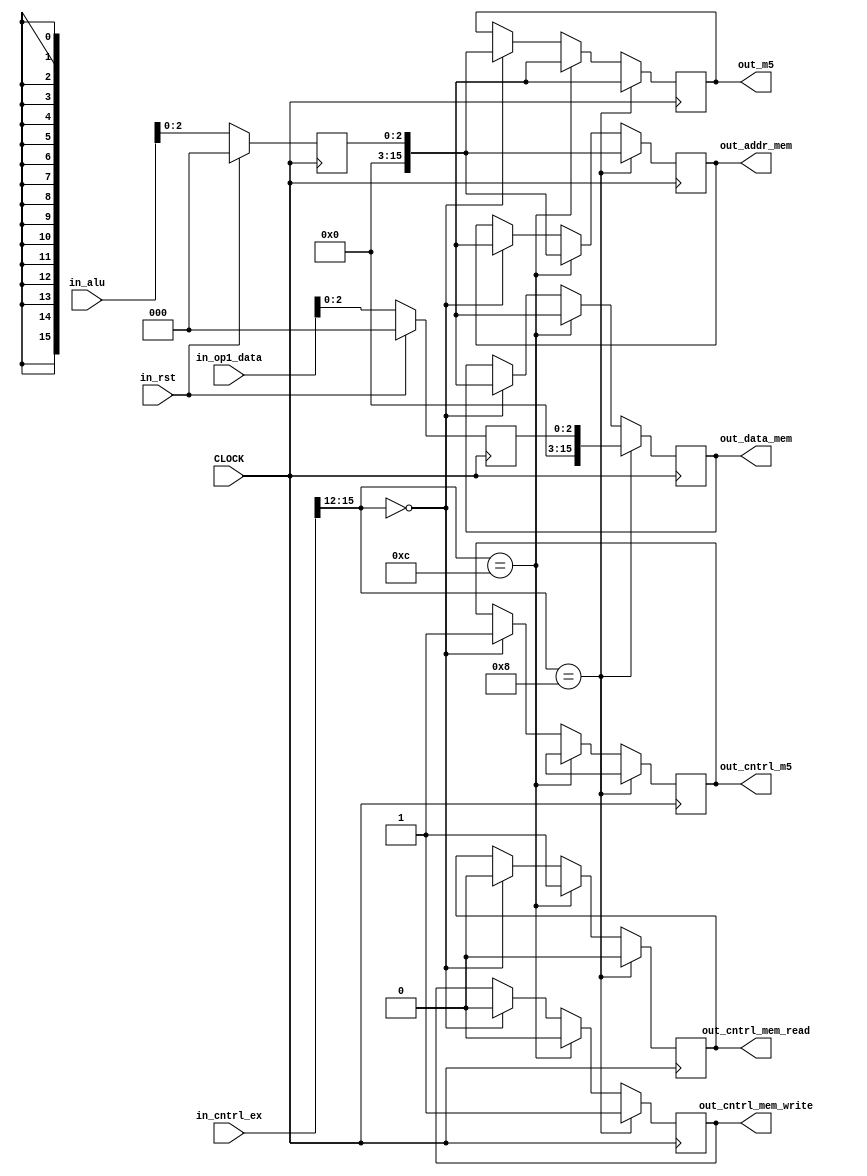
module wb_buf(in_cntrl_ex,in_alu,in_op1_data,out_m5,out_addr_mem,out_data_mem,out_cntrl_m5,out_cntrl_mem_read,out_cntrl_mem_write,CLOCK,in_rst);

//input
input [15:0] in_cntrl_ex,in_alu,in_op1_data;
input CLOCK,in_rst;

//output
output [15:0]out_m5,out_data_mem,out_addr_mem;
output out_cntrl_m5,out_cntrl_mem_read,out_cntrl_mem_write;

//type
wire [15:0] in_cntrl_ex,in_alu,in_op1_data;
wire CLOCK,in_rst;

reg [15:0] out_m5,out_data_mem,out_addr_mem;
reg out_cntrl_m5,out_cntrl_mem_read,out_cntrl_mem_write;

reg [2:0] buf3_mem [15:0];

always @(negedge CLOCK)
begin
if(in_rst)
begin
buf3_mem[0] = 16'b0000000000000000;
buf3_mem[1] = 16'b0000000000000000;
buf3_mem[2] = 16'b0000000000000000;
end

else
if(in_rst == 1'b0)
begin
buf3_mem[0] = in_cntrl_ex[15:0];
buf3_mem[1] = in_alu[15:0];
buf3_mem[2] = in_op1_data[15:0];
end
end

always @(posedge CLOCK)
begin
// For A type instructions, ALU output is forwarded to mux 5.
if (in_cntrl_ex[15:12] == 4'b0000)
begin
out_cntrl_m5 = 1'b1;
out_m5[15:0] = buf3_mem[1]; 
out_cntrl_mem_read = 1'b0;
out_cntrl_mem_write = 1'b0;
out_addr_mem[15:0] = 16'bxxxxxxxxxxxxxxxx;
out_data_mem[15:0] = 16'bxxxxxxxxxxxxxxxx;
end

//for lw instruction, Mux 5 is active with input 0 and on posedge address is read from buffer 3 into data memory 
if(in_cntrl_ex[15:12] == 4'b1100)
begin
out_cntrl_m5 = 1'bx;
out_addr_mem[15:0] <= buf3_mem[1];
out_cntrl_mem_read = 1'b1;
out_cntrl_mem_write = 1'b0;
out_m5[15:0] = 16'bxxxxxxxxxxxxxxxxx;
out_data_mem[15:0] = 16'bxxxxxxxxxxxxxxxx;
end

//for sw instruction, Mux 5 is inactive and on posedge alu input and op1 data is read from buffer
if(in_cntrl_ex[15:12] == 4'b1000)
begin
out_addr_mem[15:0] <= buf3_mem[1];
out_cntrl_m5 = 1'bx;
out_cntrl_mem_read = 1'b0;
out_data_mem[15:0] <= buf3_mem[2];
out_cntrl_mem_write = 1'b1;
out_m5[15:0] = 16'bxxxxxxxxxxxxxxxx;
end

/*if (in_cntrl_ex[15:12] == 4'b0101 || in_cntrl_ex[15:12] == 4'b0110 || in_cntrl_ex[15:12] == 4'b0100 || in_cntrl_ex[15:12] == 4'b1011 || in_cntrl_ex[15:12] == 4'b1111)

begin
out_cntrl_m5 = 1'bx;
out_m5[15:0] = 16'bxxxxxxxxxxxxxxxx;
out_data_mem[15:0] = 16'bxxxxxxxxxxxxxxxx;
out_addr_mem[15:0] = 16'bxxxxxxxxxxxxxxxx;
out_cntrl_mem_read = 1'bx;
out_cntrl_mem_write = 1'bx;
end

//wb for a type
if ( in_cntrl_ex[15:12] == 4'b0000)
begin
out_cntrl_m5 = 1'b1;
out_m5[15:0] = in_alu[15:0];
out_data_mem[15:0] = 16'bxxxxxxxxxxxxxxxx;
out_addr_mem[15:0] = 16'bxxxxxxxxxxxxxxxx;
out_cntrl_mem_read = 1'b0;
out_cntrl_mem_write = 1'b0;
end

//wb for lw
else
if (in_cntrl_ex[15:12] == 4'b1100)
begin
out_cntrl_m5 = 1'b0;
out_m5[15:0] = 16'bxxxxxxxxxxxxxxxx;
out_addr_mem[15:0] = in_alu[15:0];
out_data_mem[15:0] = 16'bxxxxxxxxxxxxxxxx;
out_cntrl_mem_read = 1'b1;
out_cntrl_mem_write = 1'b0;
end

//sw
else
if (in_cntrl_ex[15:12] == 4'b1000)
begin
out_cntrl_m5 = 1'bx;
out_m5[15:0] = 16'bxxxxxxxxxxxxxxxx;
out_addr_mem[15:0] = in_alu[15:0];
out_data_mem[15:0] = in_op1_data[15:0];
out_cntrl_mem_read = 1'b0;
out_cntrl_mem_write = 1'b1;
end
*/
end
endmodule